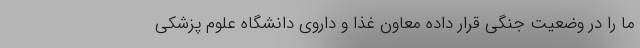
ما را در وضعیت جنگی قرار داده معاون غذا و داروی دانشگاه علوم پزشکی